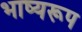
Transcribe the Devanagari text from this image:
भाष्यरूप